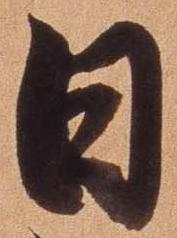
日